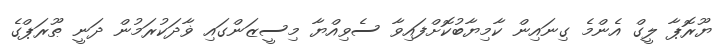
ޔޫރޮޕާ ލީގް އެންމެ ގިނައިން ކާމިޔާބުކޮށްފައިވާ ސެވިއްޔާ މިސީޒަންގައި ޥާދަކުރަމުން ދަނީ ޠޫރަޕްގެ